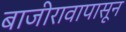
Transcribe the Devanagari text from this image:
बाजीरावापासून